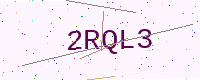
Text: 2RQL3